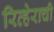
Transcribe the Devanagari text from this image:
रिव्हेराची